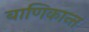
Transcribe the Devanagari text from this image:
बाणिकान्त